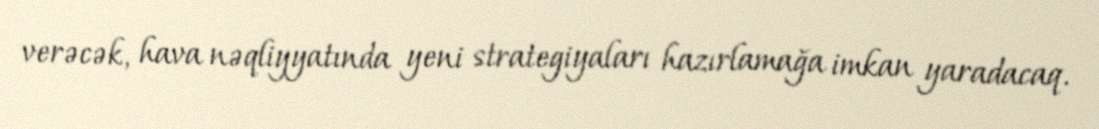
verəcək, hava nəqliyyatında yeni strategiyaları hazırlamağa imkan yaradacaq.